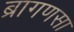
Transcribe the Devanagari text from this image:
ब्रागणसा